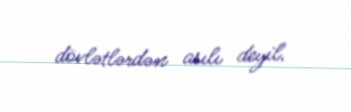
dövlətlərdən asılı deyil.